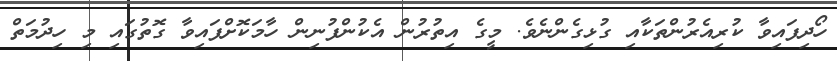
ހޯދިފައިވާ ކުރިއެރުންތަކާއި ގުޅިގެންނެވެ. މީގެ އިތުރުން އެކުންފުނިން ހާމަކޮށްފައިވާ ގޮތުގައި މި ހިދުމަތް